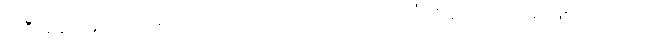
အဲဒီအခါတုန်းက ပေါရိသာဒဟာ ဘုရားလက်ထက်မှာ အင်္ဂုလိမာလ မထေရ် ဖြစ်လာတယ်၊